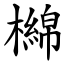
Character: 檰